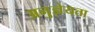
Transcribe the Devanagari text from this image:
अनुज्ञेयता